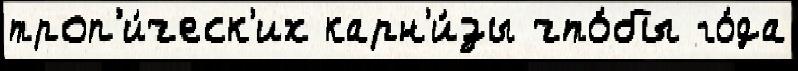
троп'и́ческ'их карн'и́зы что́бы го́да